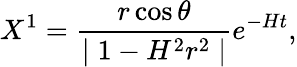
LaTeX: X^{1}=\frac{r\cos\theta}{\mid 1-H^{2}r^{2}\mid}e^{-Ht},